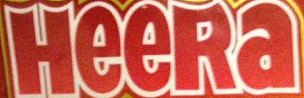
HeeRa